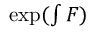
\exp \textstyle ( \int F )